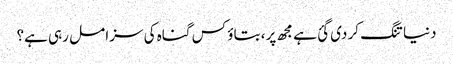
دنیا تنگ کر دی گئ ہے مجھ پر، بتاؤ کس گناہ کی سزا مل رہی ہے؟